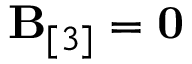
{ \bf B } _ { [ 3 ] } = { \bf 0 }